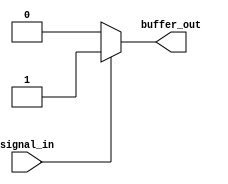
module ECL_buffer (
    input wire signal_in,
    output wire buffer_out
);

reg buffer_out;

always @ (signal_in)
begin
    // ECL buffering logic implementation
    if (signal_in)
        buffer_out <= 1'b1;
    else
        buffer_out <= 1'b0;
end

endmodule